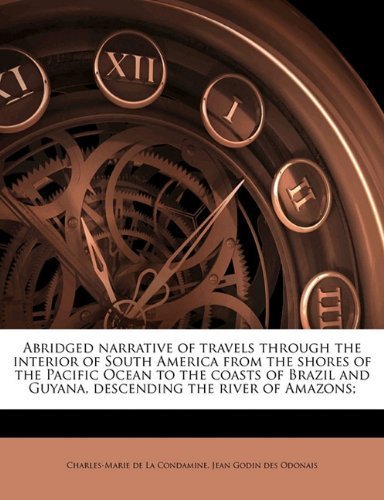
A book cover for Abridged narrative of travels through the interior of South America from the shores of the Pacific Ocean to the coasts of Brazil and Guyana, descending the river of Amazons; by La Condamine, Charles-Marie de, Godin des Odonais, Jean (2011) Paperback; Travel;